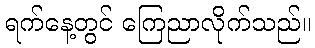
ရက်နေ့တွင် ကြေညာလိုက်သည်။